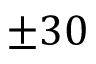
\pm 3 0